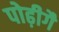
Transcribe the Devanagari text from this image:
पोढ़ीगै